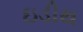
ઇડીથ